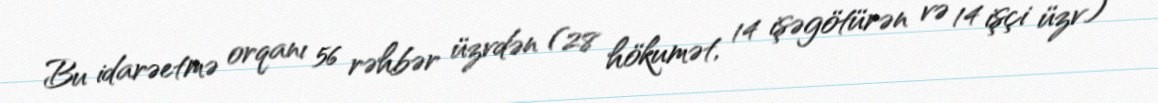
Bu idarəetmə orqanı 56 rəhbər üzvdən (28 hökumət, 14 işəgötürən və 14 işçi üzv)